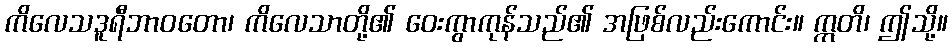
ကိလေသဒူရီဘာဝတော၊ ကိလေသာတို့၏ ဝေးကွာကုန်သည်၏ အဖြစ်လည်းကောင်း။ ဣတိ၊ ဤသို့။